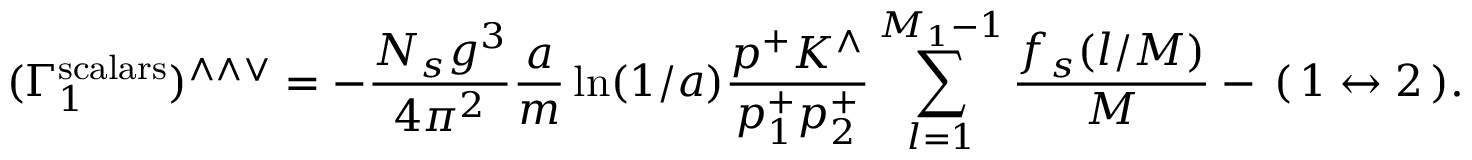
( \Gamma _ { 1 } ^ { \mathrm { s c a l a r s } } ) ^ { \wedge \wedge \vee } = - \frac { N _ { s } g ^ { 3 } } { 4 \pi ^ { 2 } } \frac { a } { m } \ln ( 1 / a ) \frac { p ^ { + } K ^ { \wedge } } { p _ { 1 } ^ { + } p _ { 2 } ^ { + } } \sum _ { l = 1 } ^ { M _ { 1 } - 1 } \frac { f _ { s } ( l / M ) } { M } - \, ( \, 1 \leftrightarrow 2 \, ) .